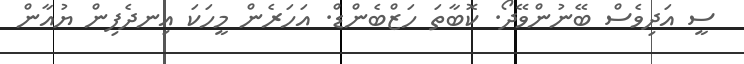
ސީ އަދިވެސް ބޭނުންވޭދޯ. ކޮބާތަ ހަޒްބެންޑް. އަހަރެން މީހަކަ އިނދެފިން ޔުއާން